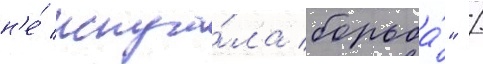
н'е́ испуга́ла борьба́" /